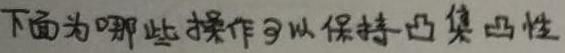
下面为哪些操作可以保持凸集凸性